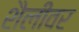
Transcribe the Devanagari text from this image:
शैलींवर